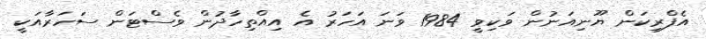
އެފްރިކަން ޔޫނިއަނުން ވަކިވީ 1984 ވަނަ އަހަރު އެ އިއްތިހާދުން ވެސްޓަން ސަހަރާއަކީ